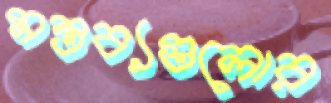
মন্তব্যগুলোর